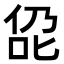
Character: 𪝁